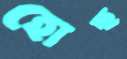
হোছ